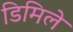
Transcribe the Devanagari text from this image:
डिमिले